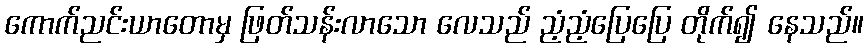
ကောက်ညင်းယာတောမှ ဖြတ်သန်းလာသော လေသည် ညံ့ညံ့ပြေပြေ တိုက်၍ နေသည်။